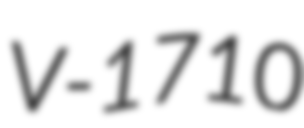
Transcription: V-1710